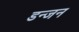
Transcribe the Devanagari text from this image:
डन्जन